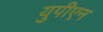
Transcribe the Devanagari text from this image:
युपीएन